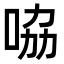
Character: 𠱿